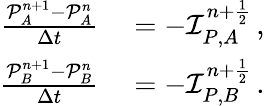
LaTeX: \begin{array}{rl}{\frac{\mathcal P_{A}^{n+1}-\mathcal P_{A}^{n}}{\Delta t}}&{{}=-\mathcal I_{P,A}^{n+\frac 12}\, ,}\\ {\frac{\mathcal P_{B}^{n+1}-\mathcal P_{B}^{n}}{\Delta t}}&{{}=-\mathcal I_{P,B}^{n+\frac 12}\, .}\end{array}